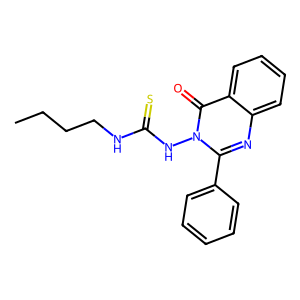
SMILES: CCCCNC(=S)Nn1c(-c2ccccc2)nc2ccccc2c1=O
Inhibits HIV replication: No